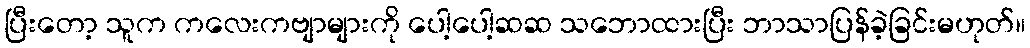
ပြီးတော့ သူက ကလေးကဗျာများကို ပေါ့ပေါ့ဆဆ သဘောထားပြီး ဘာသာပြန်ခဲ့ခြင်းမဟုတ်။